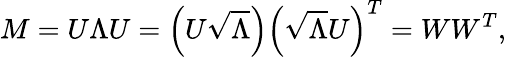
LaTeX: M=U\Lambda U=\left(U\sqrt{\Lambda}\right)\left(\sqrt{\Lambda}U\right)^{T}=WW^{T},